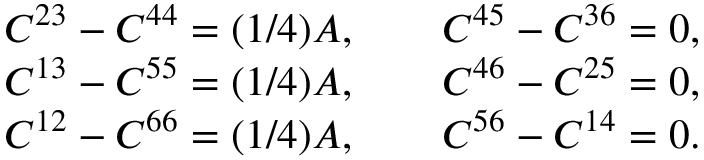
\begin{array} { r } { C ^ { 2 3 } - C ^ { 4 4 } = ( 1 / 4 ) A , \qquad C ^ { 4 5 } - C ^ { 3 6 } = 0 , } \\ { C ^ { 1 3 } - C ^ { 5 5 } = ( 1 / 4 ) A , \qquad C ^ { 4 6 } - C ^ { 2 5 } = 0 , } \\ { C ^ { 1 2 } - C ^ { 6 6 } = ( 1 / 4 ) A , \qquad C ^ { 5 6 } - C ^ { 1 4 } = 0 . } \end{array}